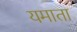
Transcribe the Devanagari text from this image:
यमाता